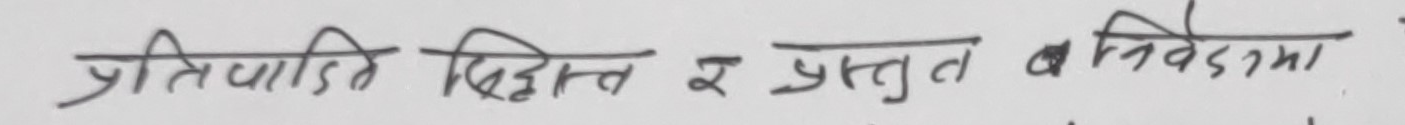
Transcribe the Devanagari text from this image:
प्रतिवादी लिखित र प्रस्तुत बिवेदमा